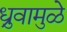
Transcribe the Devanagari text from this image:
ध्रुवामुळे